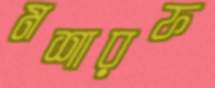
মশারফ